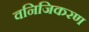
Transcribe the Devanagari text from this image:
वनिजिकरण